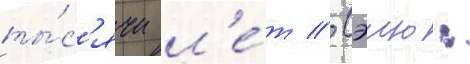
ты́с'ячи л'е́т // Сэию: